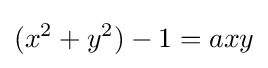
(x^{2}+y^{2})-1=axy